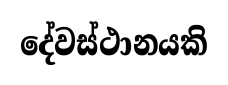
දේවස්ථානයකි